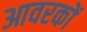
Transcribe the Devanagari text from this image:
आवरकों